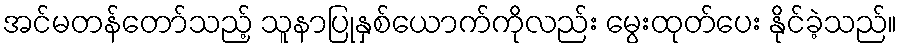
အင်မတန်တော်သည့် သူနာပြုနှစ်ယောက်ကိုလည်း မွေးထုတ်ပေး နိုင်ခဲ့သည်။